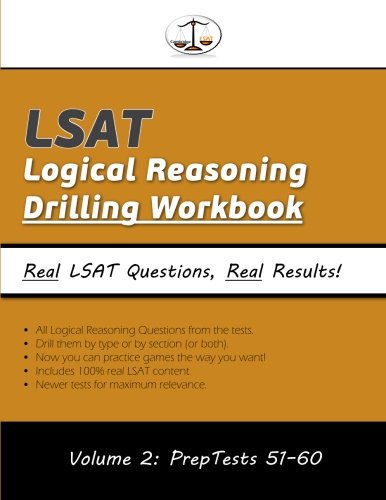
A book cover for LSAT Logical Reasoning Drilling Workbook, Volume 2: All 503 Logical Reasoning Questions from PrepTests 51-60, Presented by Type and by Section (Cambridge LSAT); Morley Tatro; Test Preparation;